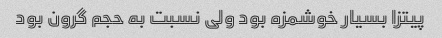
پیتزا بسیار خوشمزه بود ولی نسبت به حجم گرون بود